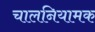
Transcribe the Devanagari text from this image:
चालनियामक